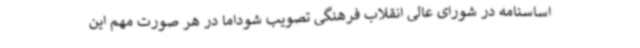
اساسنامه در شورای عالی انقلاب فرهنگی تصویب شوداما در هر صورت مهم این